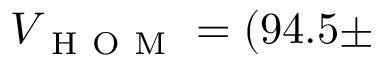
V _ { \mathrm { ~ H ~ O ~ M ~ } } = ( 9 4 . 5 \pm